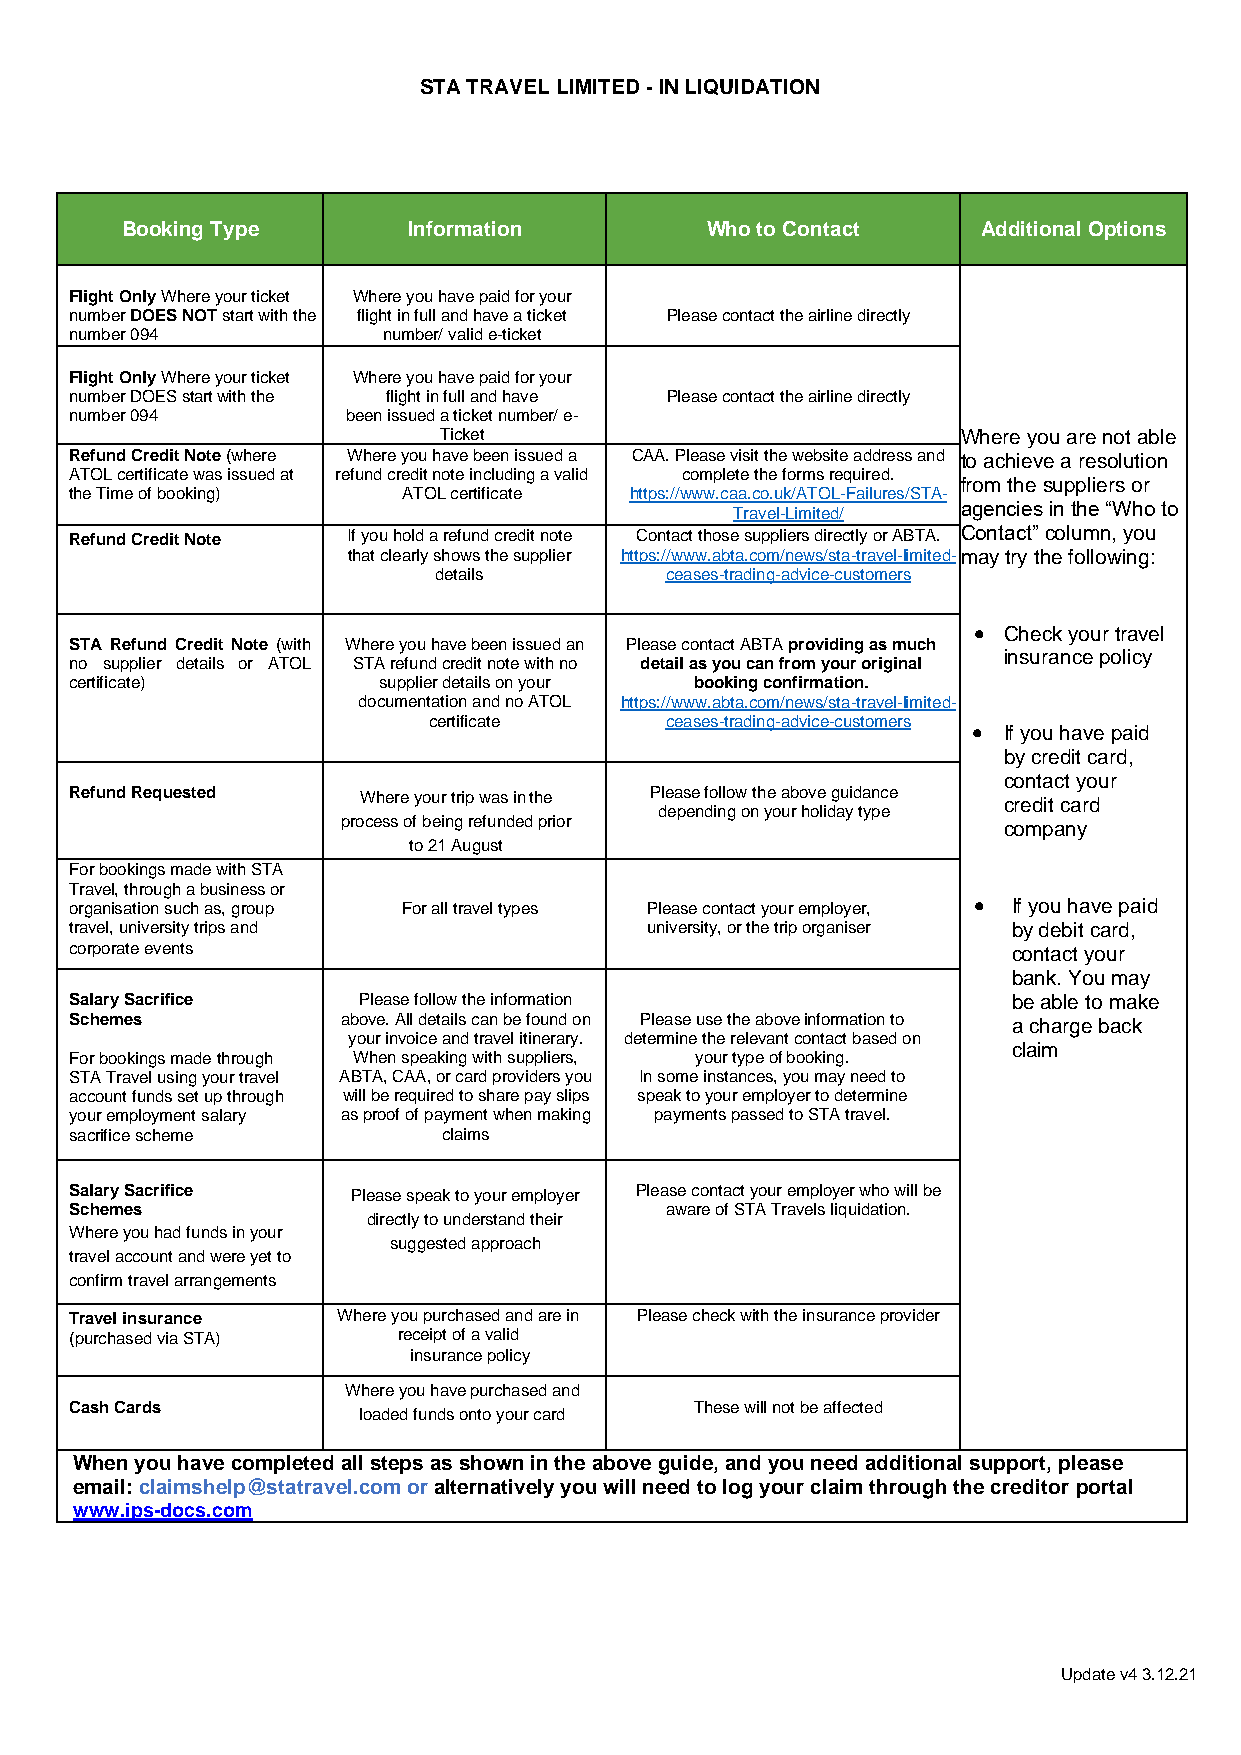
STA TRAVEL LIMITED - IN LIQUIDATION
 Booking Type       Information         Who to Contact    Additional Options
 Flight Only Where your ticket Where you have paid for your
 number DOES NOT start with the flight in full and have a ticket Please contact the airline directly
 number 094          number/ valid e-ticket
 Flight Only Where your ticket Where you have paid for your
 number DOES start with the flight in full and have Please contact the airline directly
 number 094        been issued a ticket number/ e-
 Ticket                             Where you are not able
 Refund Credit Note (where Where you have been issued a CAA. Please visit the website address and to achieve a resolution
 ATOL certificate was issued at refund credit note including a valid complete the forms required.
 from the suppliers or
 the Time of booking)  ATOL certificate https://www.caa.co.uk/ATOL-Failures/STA-
 Travel-Limited/ agencies in the “Who to
 Refund Credit Note If you hold a refund credit note Contact those suppliers directly or ABTA. Contact” column, you
 that clearly shows the supplier https://www.abta.com/news/sta-travel-limited-may try the following:
 details        ceases-trading-advice-customers
 • Check your travel
 STA Refund Credit Note (with Where you have been issued an Please contact ABTA providing as much
 insurance policy
 no supplier details or ATOL STA refund credit note with no detail as you can from your original
 certificate)        supplier details on your booking confirmation.
 documentation and no ATOL https://www.abta.com/news/sta-travel-limited-
 certificate     ceases-trading-advice-customers
 • If you have paid
 by credit card,
 contact your
 Refund Requested   Where your trip was in the Please follow the above guidance
 credit card
 depending on your holiday type
 process of being refunded prior            company
 to 21 August
 For bookings made with STA
 Travel, through a business or
 organisation such as, group For all travel types Please contact your employer, • If you have paid
 travel, university trips and          university, or the trip organiser by debit card,
 corporate events                                              contact your
 bank. You may
 Salary Sacrifice   Please follow the information              be able to make
 Schemes           above. All details can be found on Please use the above information to a charge back
 your invoice and travel itinerary. determine the relevant contact based on
 claim
 For bookings made through When speaking with suppliers, your type of booking.
 STA Travel using your travel ABTA, CAA, or card providers you In some instances, you may need to
 account funds set up through will be required to share pay slips speak to your employer to determine
 your employment salary as proof of payment when making payments passed to STA travel.
 sacrifice scheme        claims
 Salary Sacrifice  Please speak to your employer Please contact your employer who will be
 Schemes                                aware of STA Travels liquidation.
 directly to understand their
 Where you had funds in your
 suggested approach
 travel account and were yet to
 confirm travel arrangements
 Travel insurance Where you purchased and are in Please check with the insurance provider
 (purchased via STA)  receipt of a valid
 insurance policy
 Where you have purchased and
 Cash Cards                               These will not be affected
 loaded funds onto your card
 When you have completed all steps as shown in the above guide, and you need additional support, please
 email: claimshelp@statravel.com or alternatively you will need to log your claim through the creditor portal
 www.ips-docs.com
 Update v4 3.12.21